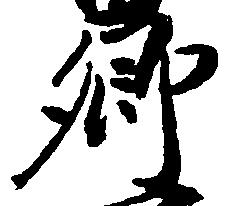
郷